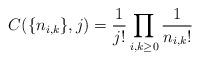
LaTeX: \begin{align*} C(\{n_{i, k}\}, j) = \frac{1}{j!}\prod_{i, k \geq 0}\frac{1}{n_{i, k}!} \end{align*}